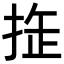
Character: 𢭉